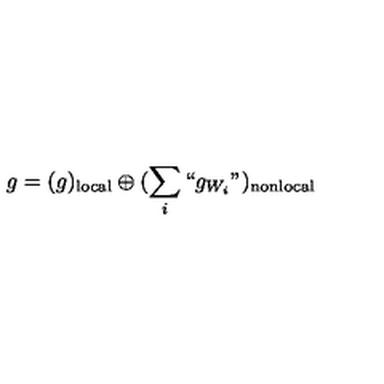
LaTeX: g = ( g ) _ { \mathrm { l o c a l } } \oplus ( \sum _ { i } ` ` g _ { W _ { i } } " ) _ { \mathrm { n o n l o c a l } }